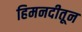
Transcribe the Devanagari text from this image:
हिमनदीतून